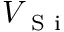
V _ { \mathrm { ~ S ~ i ~ } }